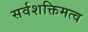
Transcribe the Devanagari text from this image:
सर्वशक्तिमत्व